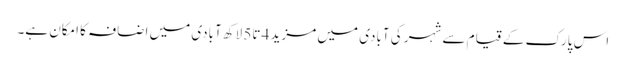
اس پارک کے قیام سے شہر کی آبادی میں مزید 4 تا5 لاکھ آبادی میں اضافہ کا امکان ہے۔